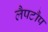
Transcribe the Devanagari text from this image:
लैपटौप